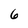
Character: 6